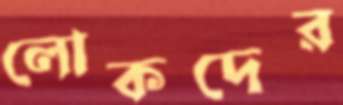
লোকদের